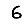
Digit: 6